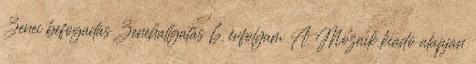
Zenei befogadás Zenehallgatás 6. évfolyam A Mozaik kiadó alapján